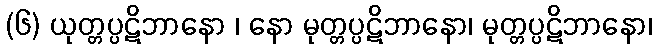
(၆) ယုတ္တပ္ပဋိဘာနော ၊ နော မုတ္တပ္ပဋိဘာနော၊ မုတ္တပ္ပဋိဘာနော၊